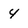
Character: 4